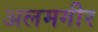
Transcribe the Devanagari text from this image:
अलमगीर